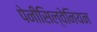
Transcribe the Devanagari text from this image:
पेनीसिल्वेनियन